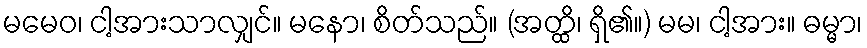
မမေဝ၊ ငါ့အားသာလျှင်။ မနော၊ စိတ်သည်။ (အတ္ထိ၊ ရှိ၏။) မမ၊ ငါ့အား။ ဓမ္မာ၊